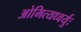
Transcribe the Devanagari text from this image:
ओमित्यध्वर्युः